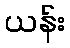
ယန်း